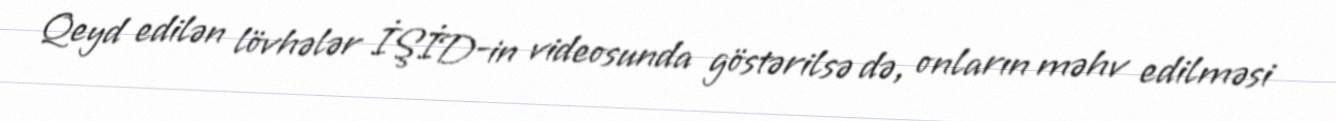
Qeyd edilən lövhələr İŞİD-in videosunda göstərilsə də, onların məhv edilməsi